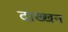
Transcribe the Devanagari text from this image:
दाख्खन